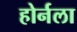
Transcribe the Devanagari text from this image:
होर्नला